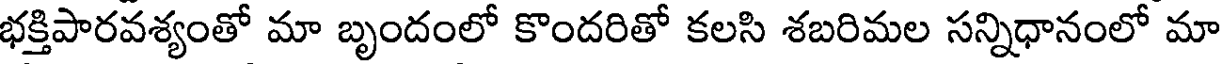
భక్తిపారవశ్యంతో మా బృందంలో కొందరితో కలసి శబరిమల సన్నిధానంలో మా